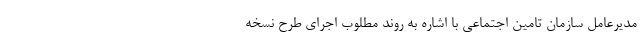
مدیرعامل سازمان تامین اجتماعی با اشاره به روند مطلوب اجرای طرح نسخه